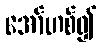
အော်ဟစ်၍